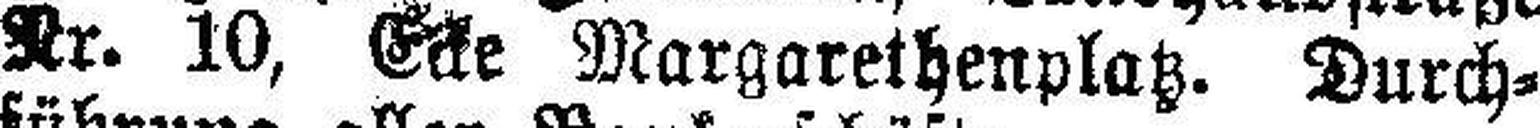
Nr. 10, Ecke Margarethenplatz. Durch¬